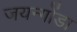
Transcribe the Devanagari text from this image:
जयन्गोंडा